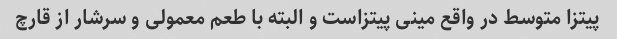
پیتزا متوسط در واقع مینی پیتزاست و البته با طعم معمولی و سرشار از قارچ